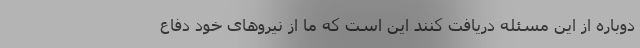
دوباره از این مسئله دریافت کنند این است که ما از نیروهای خود دفاع